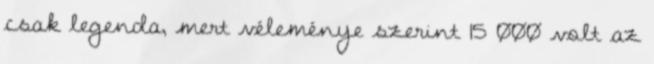
csak legenda, mert véleménye szerint 15 000 volt az